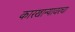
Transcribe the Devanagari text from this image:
कारखान्यावरचा